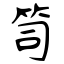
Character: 笥